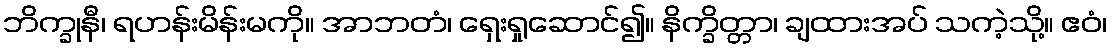
ဘိက္ခုနီ၊ ရဟန်းမိန်းမကို။ အာဘတံ၊ ရှေးရှုဆောင်၍။ နိက္ခိတ္တာ၊ ချထားအပ် သကဲ့သို့။ ဧဝံ၊